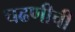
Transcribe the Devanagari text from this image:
चढणीची